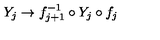
Y _ { j } \to f _ { j + 1 } ^ { - 1 } \circ Y _ { j } \circ f _ { j }